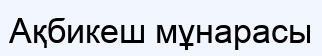
Ақбикеш мұнарасы